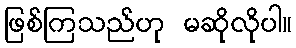
ဖြစ်ကြသည်ဟု မဆိုလိုပါ။